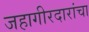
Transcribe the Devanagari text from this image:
जहागीरदारांचा